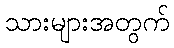
သားများအတွက်